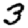
Digit: 3